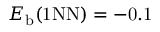
E _ { \mathrm { b } } ( \mathrm { { 1 N N } ) = - 0 . 1 }